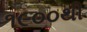
૧૯૦૦થી